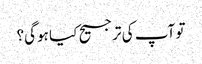
تو آپ کی ترجیح کیا ہوگی؟